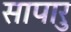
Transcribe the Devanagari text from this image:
सापारु